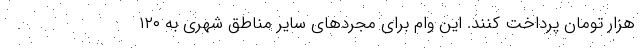
هزار تومان پرداخت کنند. این وام برای مجردهای سایر مناطق شهری به ۱۲۰